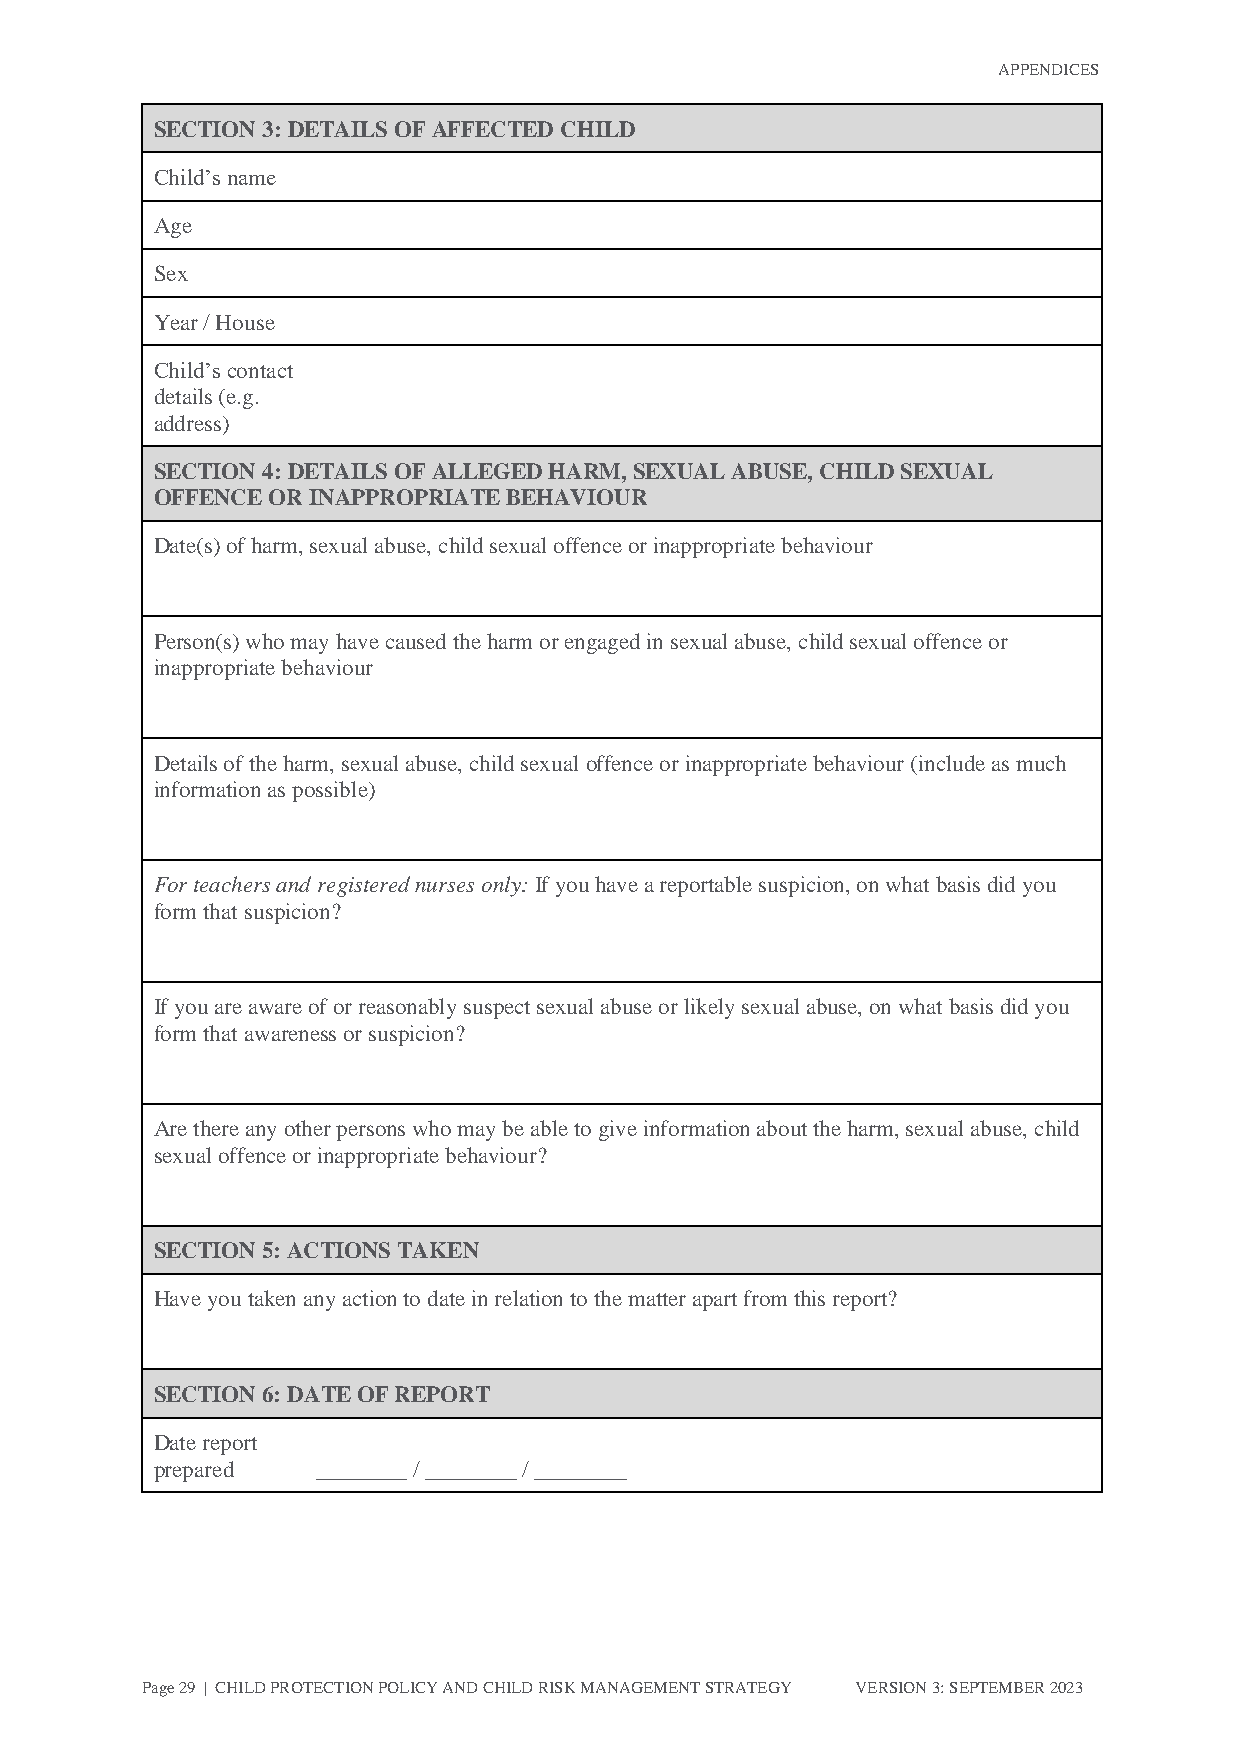
APPENDICES
 SECTION 3: DETAILS OF AFFECTED CHILD
 Child’s name
 Age
 Sex
 Year / House
 Child’s contact
 details (e.g.
 address)
 SECTION 4: DETAILS OF ALLEGED HARM, SEXUAL ABUSE, CHILD SEXUAL
 OFFENCE OR INAPPROPRIATE BEHAVIOUR
 Date(s) of harm, sexual abuse, child sexual offence or inappropriate behaviour
 Person(s) who may have caused the harm or engaged in sexual abuse, child sexual offence or
 inappropriate behaviour
 Details of the harm, sexual abuse, child sexual offence or inappropriate behaviour (include as much
 information as possible)
 For teachers and registered nurses only: If you have a reportable suspicion, on what basis did you
 form that suspicion?
 If you are aware of or reasonably suspect sexual abuse or likely sexual abuse, on what basis did you
 form that awareness or suspicion?
 Are there any other persons who may be able to give information about the harm, sexual abuse, child
 sexual offence or inappropriate behaviour?
 SECTION 5: ACTIONS TAKEN
 Have you taken any action to date in relation to the matter apart from this report?
 SECTION 6: DATE OF REPORT
 Date report
 prepared   ________ / ________ / ________
 Page 29 | CHILD PROTECTION POLICY AND CHILD RISK MANAGEMENT STRATEGY VERSION 3: SEPTEMBER 2023